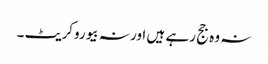
نہ وہ جج رہے ہیں اور نہ بیوروکریٹ ۔